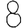
Digit: 8